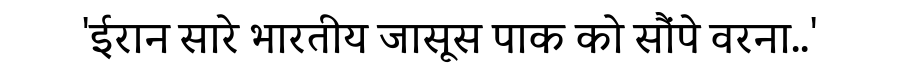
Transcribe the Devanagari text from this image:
'ईरान सारे भारतीय जासूस पाक को सौंपे वरना..'